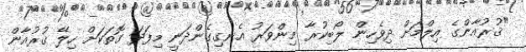
"ޤުރުއާންގެ އިލްމަށް ދިވެހިން ލޯބިކުރާ މިންވަރު އެނގިގެންދަނީ މިފަދަ ގޮތަކަށް ހިލޭ ޤުރުއާން